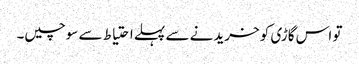
تو اس گاڑی کو خریدنے سے پہلے احتیاط سے سوچیں۔